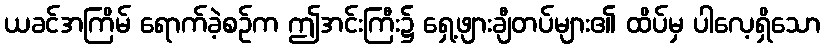
ယခင်အကြိမ် ရောက်ခဲ့စဉ်က ဤအင်းကြီး၌ ရှေ့ဖျားချီတပ်များ၏ ထိပ်မှ ပါလေ့ရှိသော